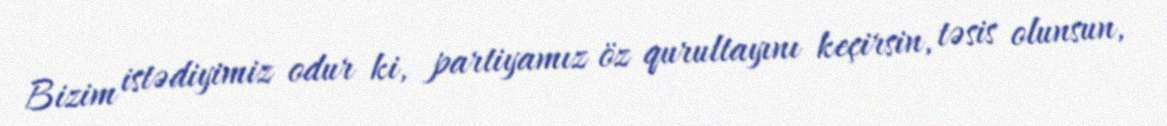
Bizim istədiyimiz odur ki, partiyamız öz qurultayını keçirsin, təsis olunsun,